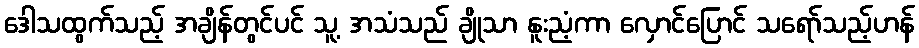
ဒေါသထွက်သည့် အချိန်တွင်ပင် သူ့ အသံသည် ချိုသာ နူးညံ့ကာ လှောင်ပြောင် သရော်သည့်ဟန်